Civil Veterinary Dept. Assam report 1927-50 - 1927-1950
Year: 1927
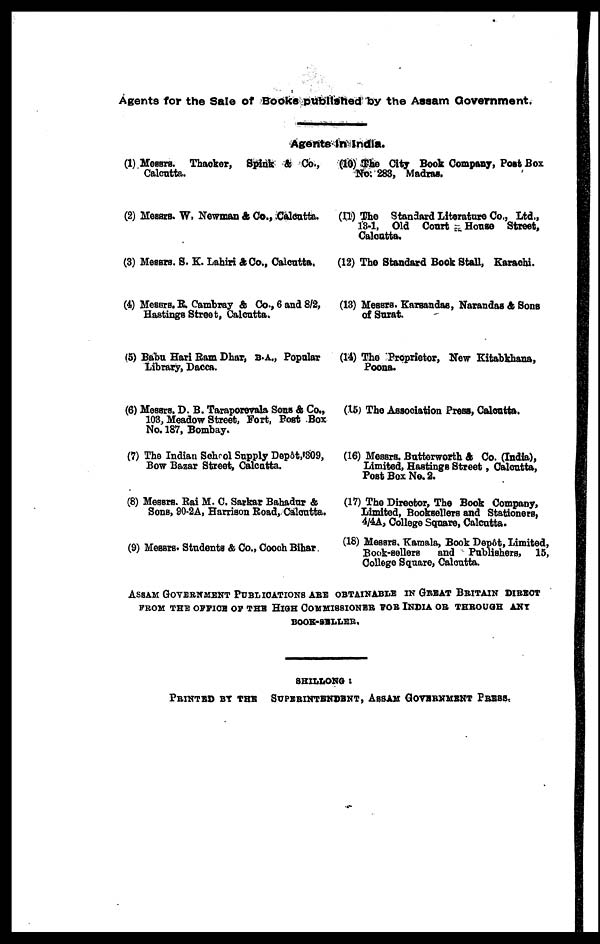
Agents for the Sale of Books published by the Assam Government.
Agents in India.
(1) Messrs. Thacker, Spink & Co.,
Calcutta.
(2) Messrs. W. Newman & Co., .Calcutta.
(3) Messrs. S. E. Lahiri & Co., Calcutta.
(4) Messrs. R. Cambray & Co., 6 and 8/2,
Hastings Street, Calcutta.
(5) Babu Hari Ram Dhar, B.A., Popular
library, Dacca.
(6) Messrs. D. B. Taraporerala Sons & Co.,
108, Meadow Street, Fort, Post Box
No. 187, Bombay.
(7) The Indian School Supply Depôt,1309,
Bow Bazar Street, Calcutta.
(8) Messrs. Rai M. C. Sarkar Bahadur &
Sons, 90-2A, Harrison Road, Calcutta.
(9) Messrs. Students & Co., Cooch Bihar
(10) The City Book Company, Post Box
No. 283, Madras.
(11) The Standard Literature Co., Ltd.,
13-1, Old Court
House Street,
Calcutta.
(12) The Standard Book Stall, Karachi.
(13) Messrs. Karsandas, Narandas ft Sons
of Surat.
(14) The Proprietor, New Kitabkhana,
Poona.
(15) The Association Press, Calcutta.
(16) Messrs. Butterworth & Co. (India),
Limited, Hastings Street, Calcutta,
Post Box No. 2.
(17) The Director, The Book Company,
Limited, Booksellers and Stationers,
4/4A, College Square, Calcutta.
(18) Messrs. Kamala, Book Depôt, Limited,
Book-sellers
and Publishers, 15,
College Square, Calcutta.
ASSAM GOVERNMENT PUBLICATIONS ARE OBTAINABLE IN GREAT BRITAIN DIRECT
FROM THE OFFICE OF THE COMMISSIONER FOR INDIA OR THROUGH ANY
BOOK-SELLER.
SHILLONG:
PRINTED BY THE SUPERINTENDENT, ASSAM GOVERNMENT PRESS,